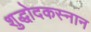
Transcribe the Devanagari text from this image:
शुद्धोदकस्नान